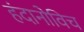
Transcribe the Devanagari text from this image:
हंदानोविच